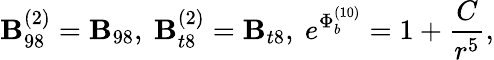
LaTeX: \mathbf{B}_{98}^{(2)}=\mathbf{B}_{98},~\mathbf{B}_{t8}^{(2)}=\mathbf{B}_{t8},~e^{{\Phi}_{b}^{(10)}}={{1+{\frac{{C}}{{r^{5}}}}}},